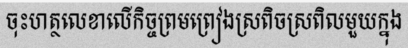
ចុះហត្ថលេខាលើកិច្ចព្រមព្រៀងស្រពិចស្រពិលមួយក្នុង